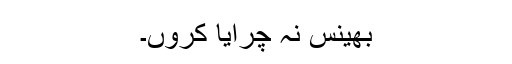
بھینس نہ چرایا کروں۔